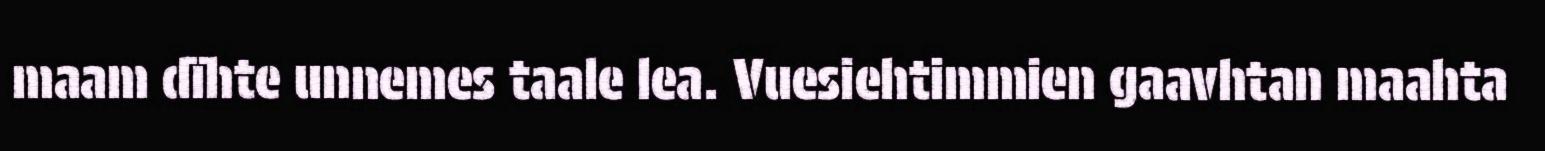
maam dïhte unnemes taale lea. Vuesiehtimmien gaavhtan maahta